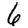
Digit: 6